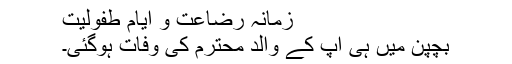
زمانۂ رضاعت و ایام طفولیت
بچپن میں ہی آپ کے والد محترم کی وفات ہوگئی۔